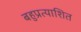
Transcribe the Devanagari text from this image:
बहुप्रत्याशित